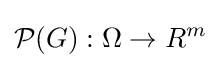
{\mathcal {P}}(G):\Omega \rightarrow R^{m}